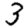
Digit: 3